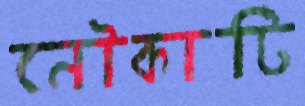
নৌকাটি